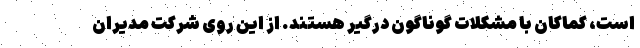
است، کماکان با مشکلات گوناگون درگیر هستند. از این روی شرکت مدیران